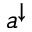
a ^ { \downarrow }